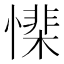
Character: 𢡅